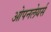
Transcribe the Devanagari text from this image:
ओपनलेयर्स